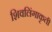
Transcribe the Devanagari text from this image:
शिवलिंगाकृती